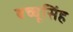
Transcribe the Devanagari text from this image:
बच्चूसिंह